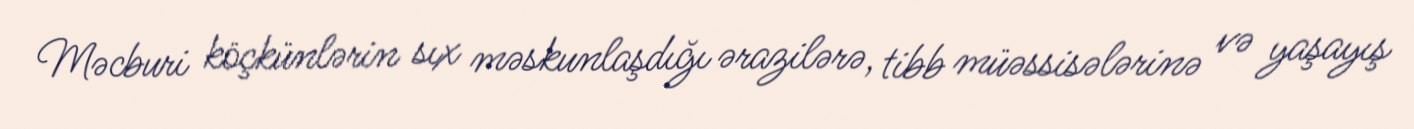
Məcburi köçkünlərin sıx məskunlaşdığı ərazilərə, tibb müəssisələrinə və yaşayış